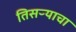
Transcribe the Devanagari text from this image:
तिसऱ्याचा